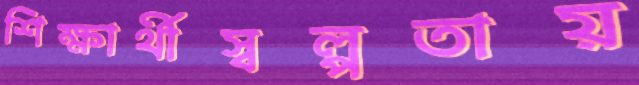
শিক্ষার্থীস্বল্পতায়